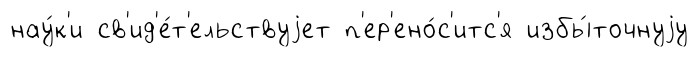
нау́к'и св'ид'е́т'ельствуjет п'ер'ено́с'итс'я избы́точнуjу